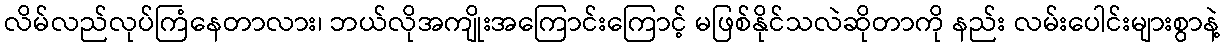
လိမ်လည်လုပ်ကြံနေတာလား၊ ဘယ်လိုအကျိုးအကြောင်းကြောင့် မဖြစ်နိုင်သလဲဆိုတာကို နည်း လမ်းပေါင်းများစွာနဲ့